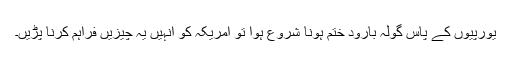
یورپیوں کے پاس گولہ بارود ختم ہونا شروع ہوا تو امریکہ کو انہیں یہ چیزیں فراہم کرنا پڑیں۔